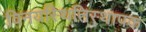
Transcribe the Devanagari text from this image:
विनयस्थितिस्थापक